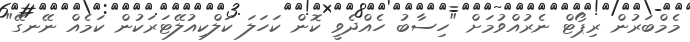
މެމްބަރުން ރިޕޯޓް ނެރުއްވުމަށް "ހިސާބު ހެއްދެވީ ކޮން ކަހަލަ ކަލްކިއުލޭޓަރަކުން ކަމެއް ނޭނގޭ"